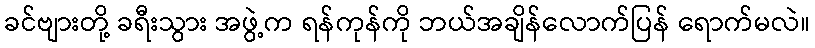
ခင်ဗျားတို့ ခရီးသွား အဖွဲ့က ရန်ကုန်ကို ဘယ်အချိန်လောက်ပြန် ရောက်မလဲ။